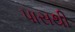
પાસથી